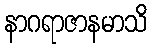
နာဂရာဇာနမာသိ